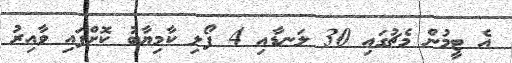
އެ ޓީމުން މެޗުގައި 30 ލަނޑާއި 4 ފޯލި ކާމިޔާބު ކޮށްފައި ވާއިރު